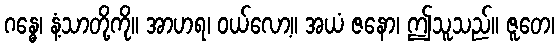
ဂန္ဓေ၊ နံ့သာတို့ကို။ အာဟရ၊ ဝယ်လော့။ အယံ ဇနော၊ ဤသူသည်။ ဇူတေ၊